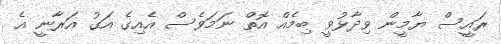
ރައީސް ޔާމީން ވިދާޅުވީ ބިމެއް އޮތް ނަމަވެސް އެއިގެ އަގު އަރާނީ އެ